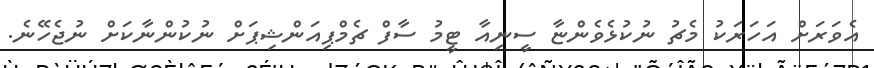
އެވަރަށް އަހަރަކު މެޗު ނުކުޅެވެންޏާ ސީނިއާ ޓީމު ސާފް ޗެމްޕިއަންޝިޕަށް ނުކުންނާކަށް ނުޖެހޭނެ.